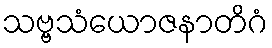
သဗ္ဗသံယောဇနာတိဂံ